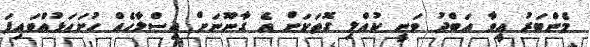
މެންބަރު އީވާ އަބްދު ވަނީ ކުއްލި ގޮތަކަށް އެ ގާނޫނަށް އިސްލާހެއް ހުށަހަޅުއްވައިފަ